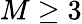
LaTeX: M\geq 3